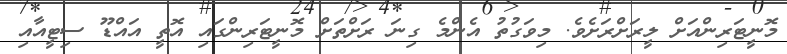
މޮނީޓަރިންއަށް ލީރަށްރަށެވެ. މިވަގުތު އެންމެ ގިނަ ރަށްތަށް މޮނީޓަރިންގައި އޮތީ އައްޑޫ ސިޓީއާއި